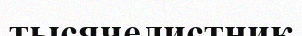
тысячелистник